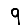
Digit: 9